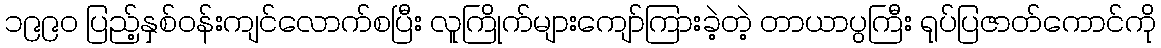
၁၉၉၀ ပြည့်နှစ်ဝန်းကျင်လောက်စပြီး လူကြိုက်များကျော်ကြားခဲ့တဲ့ တာယာပွကြီး ရုပ်ပြဇာတ်ကောင်ကို